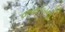
જવાબનો